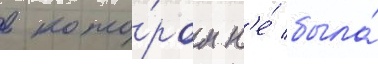
в кото́ром н'е́ была́